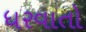
ધરવાતો